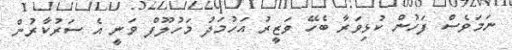
ނަމަވެސް ފަހުން ކުޅިވަރާ ބެހޭ ވަޒީރު އަހުމަދު މަހުލޫފް ވަނީ އެ ސަރުކާރުން